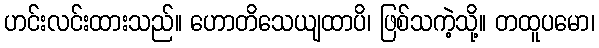
ဟင်းလင်းထားသည်။ ဟောတိသေယျထာပိ၊ ဖြစ်သကဲ့သို့။ တထူပမော၊